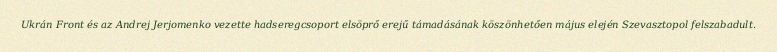
Ukrán Front és az Andrej Jerjomenko vezette hadseregcsoport elsöprő erejű támadásának köszönhetően május elején Szevasztopol felszabadult.